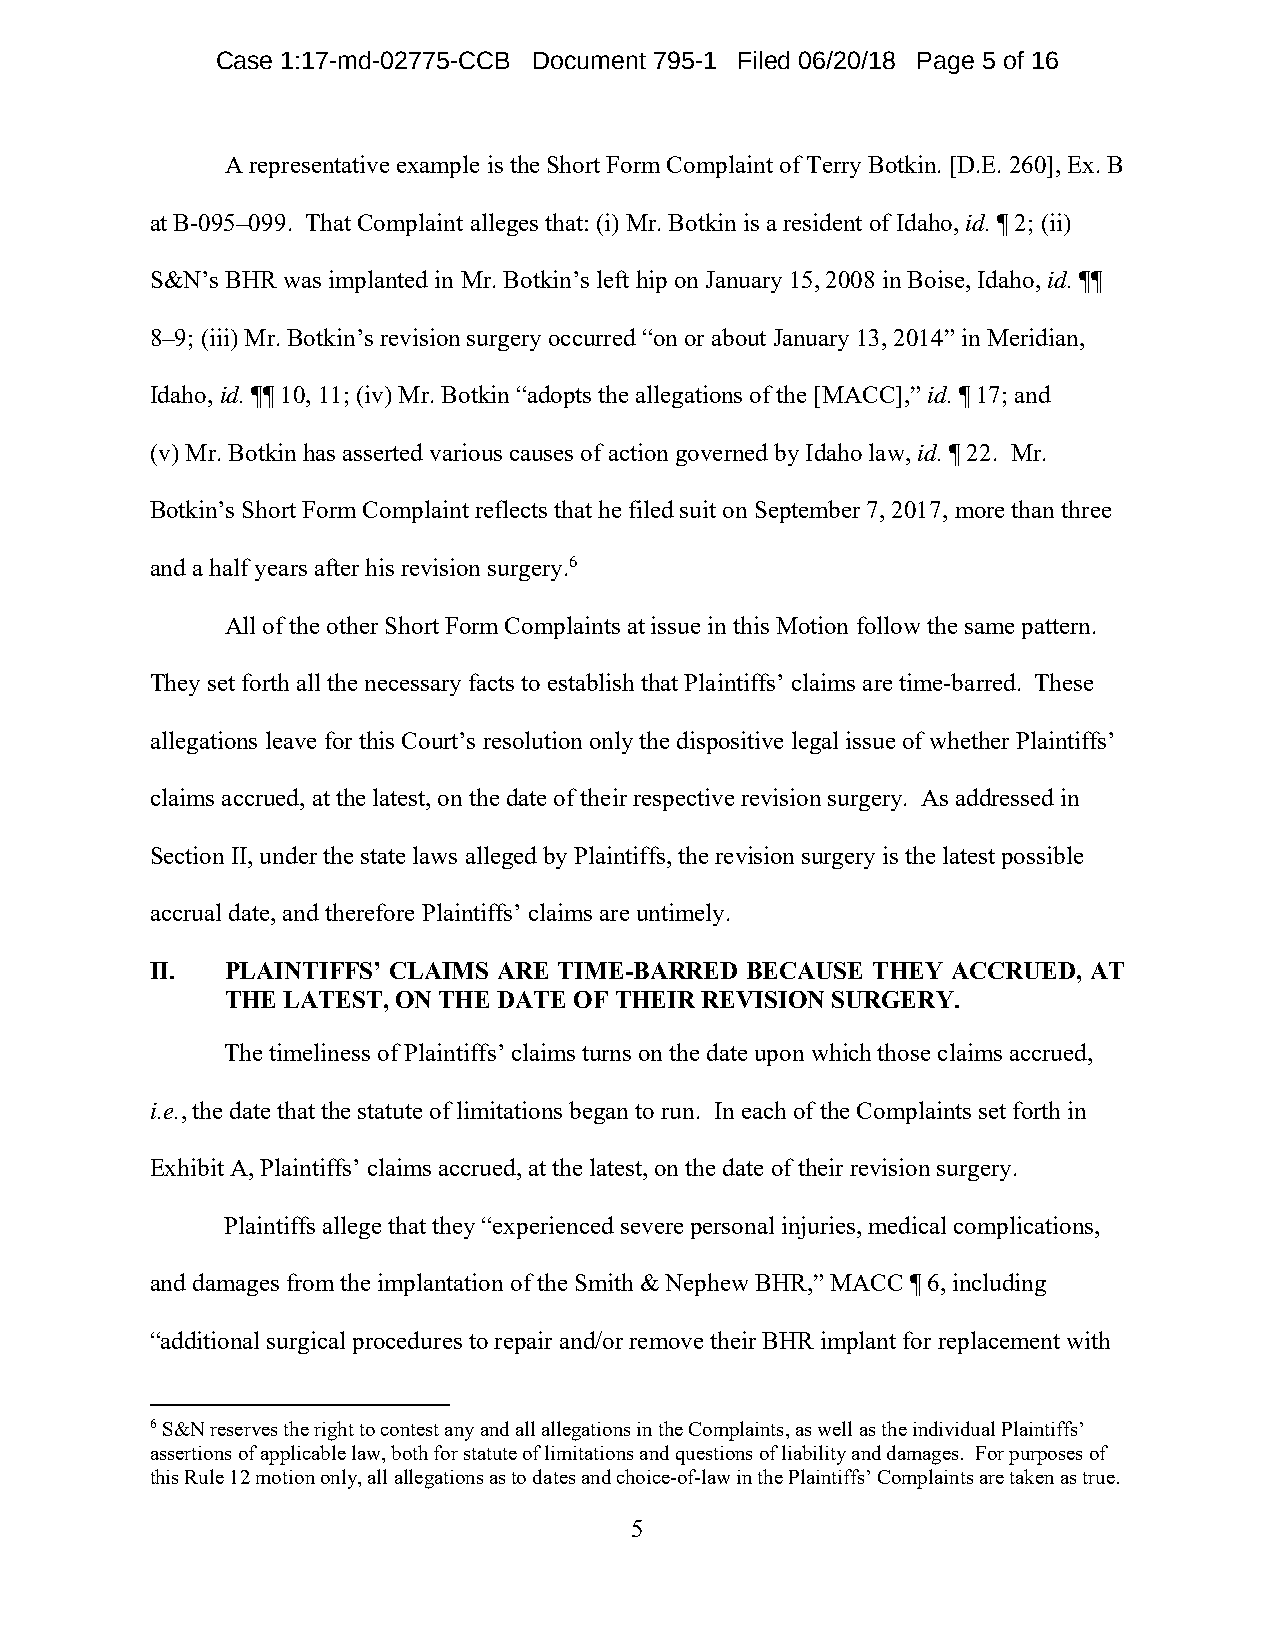
Case 1:17-md-02775-CCB Document 795-1 Filed 06/20/18 Page 5 of 16
 A representative example is the Short Form Complaint of Terry Botkin. [D.E. 260], Ex. B
 at B-095–099. That Complaint alleges that: (i) Mr. Botkin is a resident of Idaho, id. ¶ 2; (ii)
 S&N’s BHR was implanted in Mr. Botkin’s left hip on January 15, 2008 in Boise, Idaho, id. ¶¶
 8–9; (iii) Mr. Botkin’s revision surgery occurred “on or about January 13, 2014” in Meridian,
 Idaho, id. ¶¶ 10, 11; (iv) Mr. Botkin “adopts the allegations of the [MACC],” id. ¶ 17; and
 (v) Mr. Botkin has asserted various causes of action governed by Idaho law, id. ¶ 22. Mr.
 Botkin’s Short Form Complaint reflects that he filed suit on September 7, 2017, more than three
 and a half years after his revision surgery.6
 All of the other Short Form Complaints at issue in this Motion follow the same pattern.
 They set forth all the necessary facts to establish that Plaintiffs’ claims are time-barred. These
 allegations leave for this Court’s resolution only the dispositive legal issue of whether Plaintiffs’
 claims accrued, at the latest, on the date of their respective revision surgery. As addressed in
 Section II, under the state laws alleged by Plaintiffs, the revision surgery is the latest possible
 accrual date, and therefore Plaintiffs’ claims are untimely.
 II.  PLAINTIFFS’ CLAIMS ARE TIME-BARRED BECAUSE THEY ACCRUED, AT
 THE LATEST, ON THE DATE OF THEIR REVISION SURGERY.
 The timeliness of Plaintiffs’ claims turns on the date upon which those claims accrued,
 i.e., the date that the statute of limitations began to run. In each of the Complaints set forth in
 Exhibit A, Plaintiffs’ claims accrued, at the latest, on the date of their revision surgery.
 Plaintiffs allege that they “experienced severe personal injuries, medical complications,
 and damages from the implantation of the Smith & Nephew BHR,” MACC ¶ 6, including
 “additional surgical procedures to repair and/or remove their BHR implant for replacement with
 6 S&N reserves the right to contest any and all allegations in the Complaints, as well as the individual Plaintiffs’
 assertions of applicable law, both for statute of limitations and questions of liability and damages. For purposes of
 this Rule 12 motion only, all allegations as to dates and choice-of-law in the Plaintiffs’ Complaints are taken as true.
 5